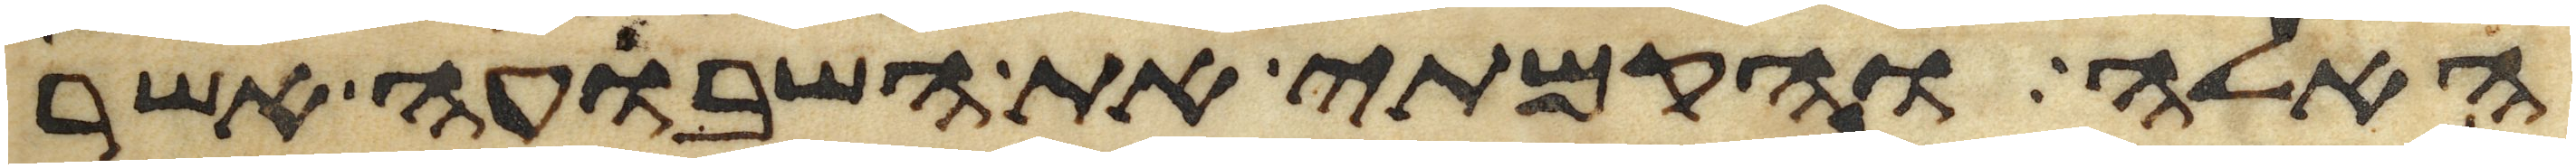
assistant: האלה והקמתי את השבועה אשר